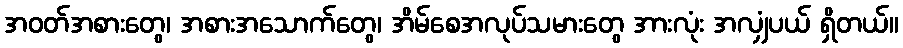
အဝတ်အစားတွေ၊ အစားအသောက်တွေ၊ အိမ်စေအလုပ်သမားတွေ အားလုံး အလျှံပယ် ရှိတယ်။